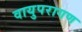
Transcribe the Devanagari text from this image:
वायुपरागण